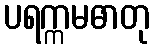
ပရက္ကမဓာတု